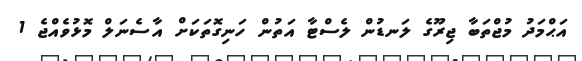
އަޙްމަދު މުޖްތަބާ ޖިރޫގެ ލަނޑުން ލެސްޓާ އަތުން ހަނިގޮތަކަށް އާސެނަލް މޮޅުވެއްޖެ 1